system: You are a helpful assistant.
user:
Analyze the provided spectrum to determine if it is a **"Cataclysmic Variables (CV)"**.

- **Key Indicators for CV (Check for either state):**
    - **State 1: Quiescent / Low-State (Emission-Dominated)**
        - **(Primary):** Strong and *very broad* Hydrogen Balmer emission lines (e.g., $H\alpha$ at 6563 Å, $H\beta$ at 4861 Å). The 'broadness' (high velocity dispersion, often FWHM > 1000 km/s) is the key diagnostic, indicating a high-velocity accretion disk.
        - **(Secondary):** Broad neutral Helium (He I) emission lines (e.g., 5876 Å, 6678 Å).
        - **(Key Confirmation):** Presence of high-excitation *ionized* Helium (He II) emission at 4686 Å. This is a strong indicator of accretion onto a white dwarf.
        - **(Line Profile):** Emission lines may exhibit a 'double-peaked' profile, which is a classic signature of a rotating accretion disk viewed at high inclination.

    - **State 2: Outburst / High-State (Absorption-Dominated)**
        - **(Primary):** Spectrum is dominated by a bright, blue continuum (looks like a hot star).
        - **(Secondary):** The emission lines from State 1 are weak, absent, or 'filled in', and are replaced by broad, shallow *absorption* lines (primarily Balmer and He I).
        - **(Morphology):** The overall spectrum mimics a hot B/A-type star. The crucial difference is that the absorption lines are significantly broader, shallower, and more 'washed-out' (or 'smeared') than the sharp lines of a normal stellar photosphere, due to high rotational speeds and pressure broadening in the disk.

Think first, call **spectral_visualization_tool** if needed to examine features in detail, then provide your final answer. Your response must adhere to the following strict rules:
1.  **Overall Structure:** Your response must follow the format `<think>...</think> <tool_call>...</tool_call> (if a tool is used) <answer>...</answer>`.
2.  **Tool Usage Constraint:** You may only make **one** tool call per turn.
3.  **Final Answer Format:** In the `<answer>` tag, your conclusion must be inside a `\boxed{}` command (e.g., `\boxed{YES}`), followed by your justification.

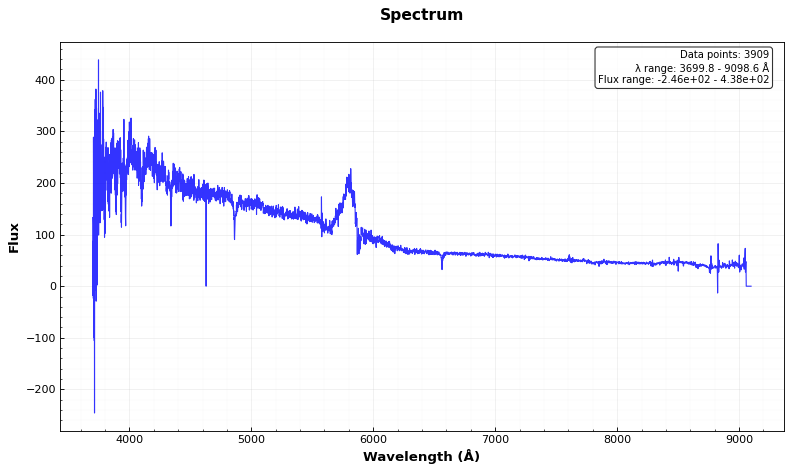
Answer: NO